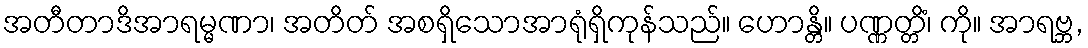
အတီတာဒိအာရမ္မဏာ၊ အတိတ် အစရှိသောအာရုံရှိကုန်သည်။ ဟောန္တိ။ ပဏ္ဏတ္တိံ၊ ကို။ အာရဗ္ဘ,